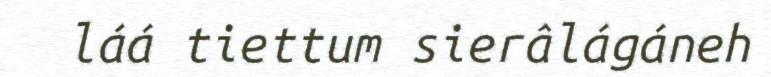
láá tiettum sierâlágáneh